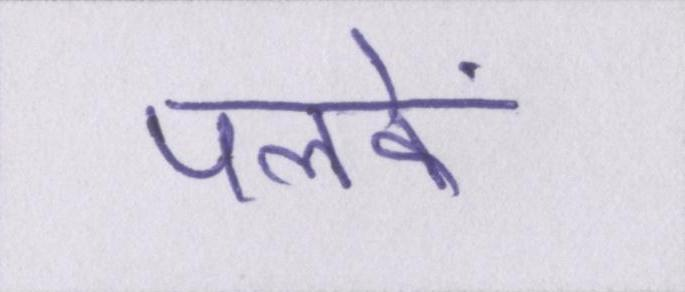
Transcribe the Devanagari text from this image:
पलकें